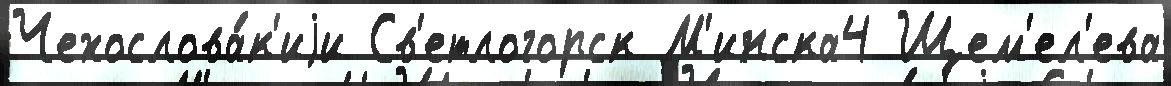
Чехослова́к'иjи Св'етлогорск М'инска4 Щем'ел'ева